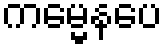
ကမ္မေနပေ